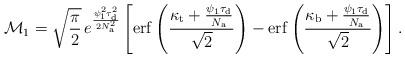
LaTeX: \begin{align*}\mathcal{M}_1=\sqrt{\frac{\pi}{2}}\,e^{\frac{\psi_{1}^2\tau_{\rm d}^2}{2N_{\rm a}^2}}\left[\mathrm{erf}\left(\frac{\kappa_{\rm t}+\frac{\psi_{1}\tau_{\rm d}}{N_{\rm a}}}{\sqrt{2}}\right)-\mathrm{erf}\left(\frac{\kappa_{\rm b}+\frac{\psi_{1}\tau_{\rm d}}{N_{\rm a}}}{\sqrt{2}}\right)\right].\end{align*}